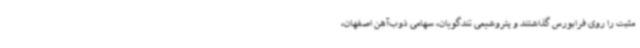
مثبت را روی فرابورس گذاشتند و پتروشیمی تندگویان، سهامی ذوب‌آهن اصفهان،